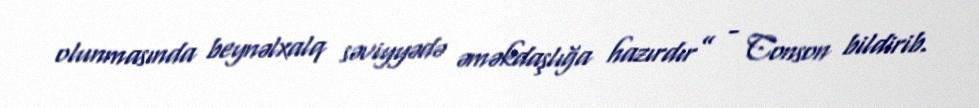
olunmasında beynəlxalq səviyyədə əməkdaşlığa hazırdır” - Conson bildirib.